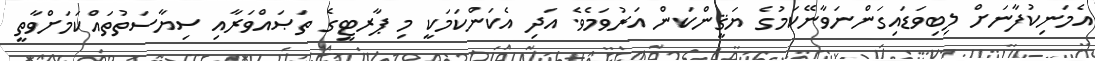
އެމަނިކުފާނަށް ލިބިވަޑައިގަންނަވާނޭކަމުގެ ޔަޤީންކަން އަރުވަމެވެ. އަދި އެކަންކަމަކީ މި ޕާރޓީގެ ތަޞައްވަރާއި ސިޔާސަތުތައްކަމަށްވާތީ